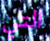
التي